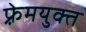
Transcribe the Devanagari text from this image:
फ़्रेमयुक्त